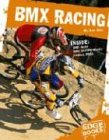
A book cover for BMX Racing (X-Sports); Ann Weil; Children's Books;